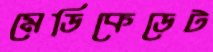
মেডিকেডেট